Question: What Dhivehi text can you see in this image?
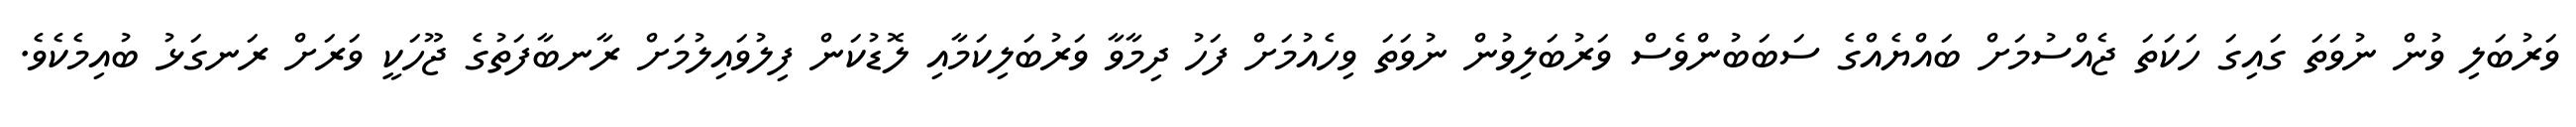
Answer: ވަރުބަލި ވުން ނުވަތަ ގައިގަ ހަކަތަ ޖެއްސުމަށް ބައްޔެއްގެ ސަބަބުންވެސް ވަރުބަލިވުން ނުވަތަ ވިހެއުމަށް ފަހު ދިމާވާ ވަރުބަލިކަމާއި ލޮޑުކަން ފިލުވައިލުމަށް ރާނބާފަތުގެ ޖޫހަކީ ވަރަށް ރަނގަޅު ބުއިމެކެވެ.